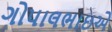
ગોપાલભાઇએ